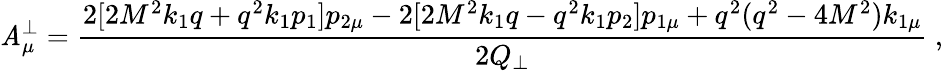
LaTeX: \mathit{A}_{\mu}^{\bot}=\frac{{2[2M^{2}k_{1}q+q^{2}k_{1}p_{1}]p_{2\mu}-2[2M^{2}k_{1}q-q^{2}k_{1}p_{2}]p_{1\mu}+q^{2}(q^{2}-4M^{2})k_{1\mu}}}{{2Q_{\bot}}}\ ,